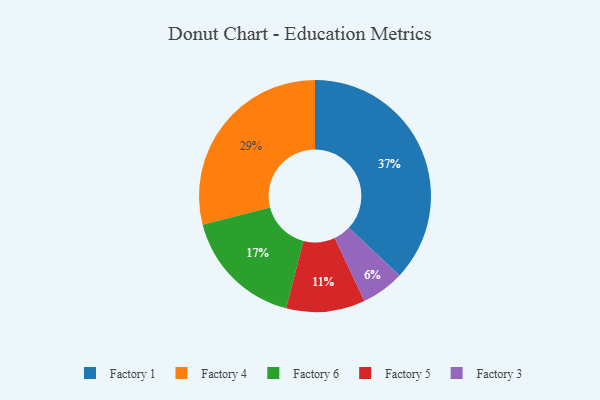
{"axis": {"x": "Category", "y": "Percentage"}, "legend": ["Factory 1", "Factory 3", "Factory 4", "Factory 5", "Factory 6"], "data": [{"x": "Factory 6", "y": 17, "type": "Factory 6"}, {"x": "Factory 5", "y": 11, "type": "Factory 5"}, {"x": "Factory 4", "y": 29, "type": "Factory 4"}, {"x": "Factory 3", "y": 6, "type": "Factory 3"}, {"x": "Factory 1", "y": 37, "type": "Factory 1"}]}